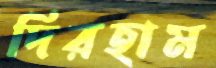
দিরহাম